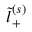
\tilde { l } _ { + } ^ { ( s ) }